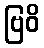
ဗြဝိ